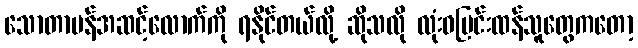
သောတာပန်အဆင့်လောက်ကို ရနိုင်တယ်လို့ ဆိုသလို လုံးဝပြင်းထန်သူတွေကတော့